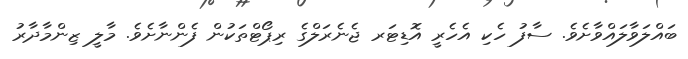
ބައްލަވާލައްވާށެވެ. ސާފު ހެކި އެހެރީ އޮޑިޓަރ ޖެނެރަލްގެ ރިޕޯޓްތަކުން ފެންނާށެވެ. މާލީ ޒިންމާދާރު